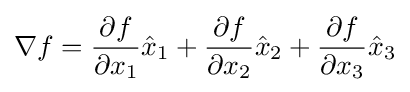
\nabla f={\frac {\partial f}{\partial x_{1}}}{\hat {x}}_{1}+{\frac {\partial f}{\partial x_{2}}}{\hat {x}}_{2}+{\frac {\partial f}{\partial x_{3}}}{\hat {x}}_{3}